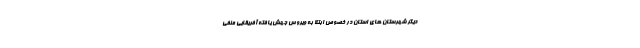
دیگر شهرستان های استان در خصوص ابتلا به ویروس جهش یافته آفریقایی منفی